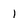
Character: 1